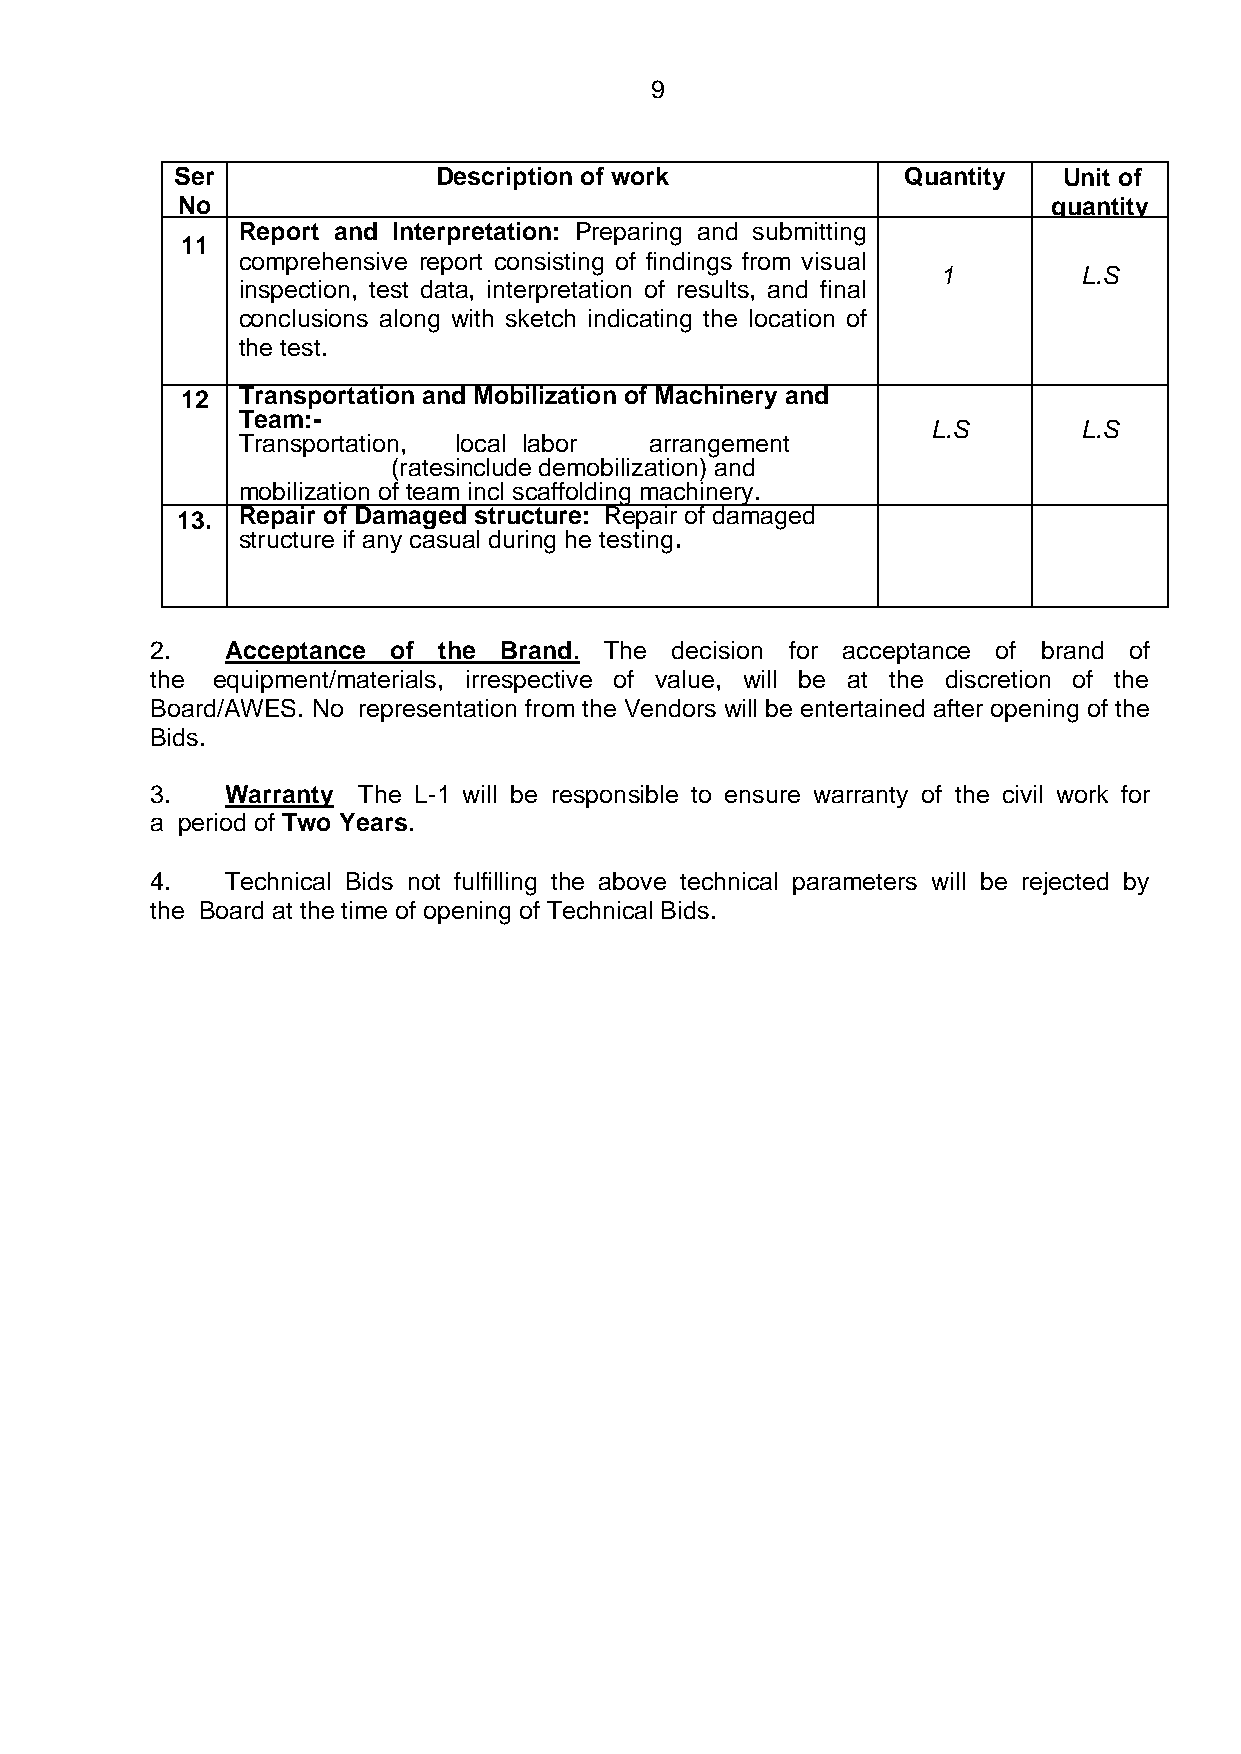
9
 Ser              Description of work            Quantity  Unit of
 No                                                        quantity
 Report and Interpretation: Preparing and submitting
 11
 comprehensive report consisting of findings from visual
 1         L.S
 inspection, test data, interpretation of results, and final
 conclusions along with sketch indicating the location of
 the test.
 12  Transportation and Mobilization of Machinery and
 Team:-
 L.S       L.S
 Transportation, local labor arrangement
 (ratesinclude demobilization) and
 mobilization of team incl scaffolding machinery.
 13. Repair of Damaged structure: Repair of damaged
 structure if any casual during he testing.
 2.   Acceptance of the Brand. The  decision for acceptance of brand of
 the equipment/materials, irrespective of value, will be at the discretion of the
 Board/AWES. No representation from the Vendors will be entertained after opening of the
 Bids.
 3.   Warranty The L-1 will be responsible to ensure warranty of the civil work for
 a period of Two Years.
 4.   Technical Bids not fulfilling the above technical parameters will be rejected by
 the Board at the time of opening of Technical Bids.